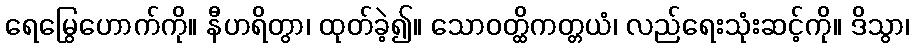
ရေမြွေဟောက်ကို။ နီဟရိတွာ၊ ထုတ်ခဲ့၍။ သောဝတ္ထိကတ္တယံ၊ လည်ရေးသုံးဆင့်ကို။ ဒိသွာ၊